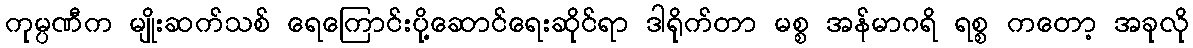
ကုမ္ပဏီက မျိုးဆက်သစ် ရေကြောင်းပို့ဆောင်ရေးဆိုင်ရာ ဒါရိုက်တာ မစ္စ အန်မာဂရိ ရစ္စ ကတော့ အခုလို